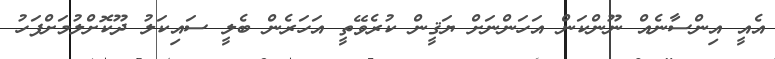
އެއީ އިންސާނެއް ނޫންކަން އަހަންނަށް ޔަޤީން ކުރެވޭތީ އަހަރެން ބެލީ ސައިކަލު ދޫކޮށްލުމަށްފަހު